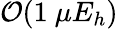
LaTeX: \mathcal{O}(1\ \mu E_{h})